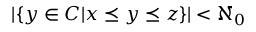
| \{ y \in C | x \preceq y \preceq z \} | < \aleph _ { 0 }